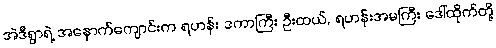
အဲဒီရွာရဲ့ အနောက်ကျောင်းက ရဟန်း ဒကာကြီး ဦးထယ်, ရဟန်းအမကြီး ဒေါ်ထိုက်တို့